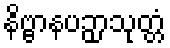
နိဗ္ဗာနပဉှာသုတ္တံ